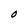
Character: O